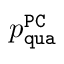
p _ { \mathtt { q u a } } ^ { \mathtt { P C } }